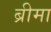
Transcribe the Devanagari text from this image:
ब्रीमा